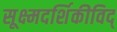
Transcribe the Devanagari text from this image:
सूक्ष्मदर्शिकीविद्